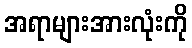
အရာများအားလုံးကို